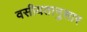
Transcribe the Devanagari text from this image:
वसीयतानुसार